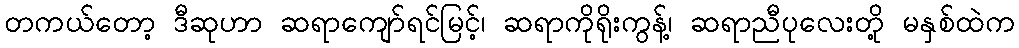
တကယ်တော့ ဒီဆုဟာ ဆရာကျော်ရင်မြင့်၊ ဆရာကိုရိုးကွန့်၊ ဆရာညီပုလေးတို့ မနှစ်ထဲက